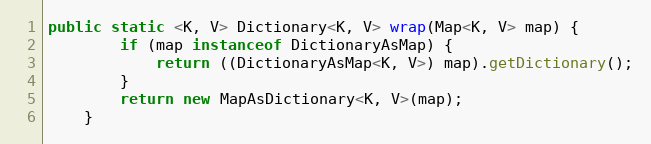
Language: Java
public static <K, V> Dictionary<K, V> wrap(Map<K, V> map) {
        if (map instanceof DictionaryAsMap) {
            return ((DictionaryAsMap<K, V>) map).getDictionary();
        }
        return new MapAsDictionary<K, V>(map);
    }